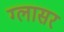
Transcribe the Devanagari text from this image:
ग्लासर